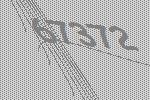
67372